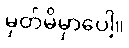
မှတ်မိမှာပေါ့။